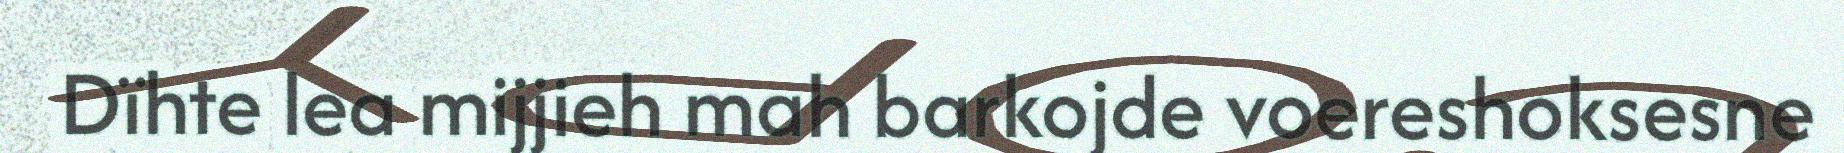
Dïhte lea mijjieh mah barkojde voereshoksesne